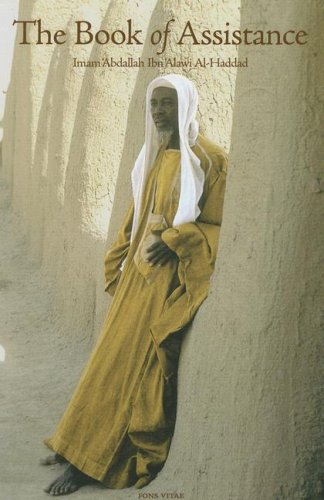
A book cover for The Book of Assistance; Imam 'Abdallah Ibn Alawi al-Haddad; Religion & Spirituality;